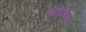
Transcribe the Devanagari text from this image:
मैट्रोपॉलिटन